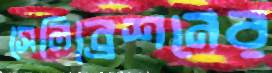
সেলিব্রেশনের